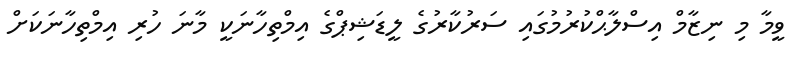
ވީމާ މި ނިޒާމް އިސްލާޙްކުރުމުގައި ސަރުކާރުގެ ލީޑަޝިޕްގެ އިމްތިހާނަކީ މާނަ ހުރި އިމްތިހާނަކަށް